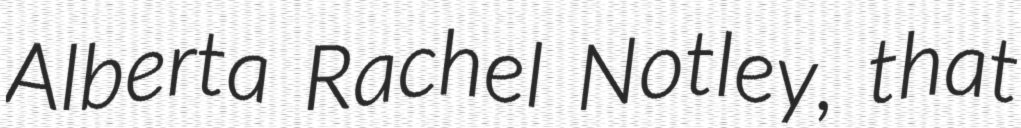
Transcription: Alberta Rachel Notley, that